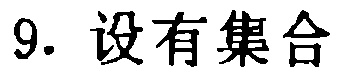
9. 设有集合